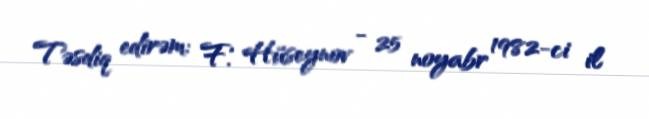
Təsdiq edirəm: F. Hüseynov - 25 noyabr 1982-ci il